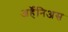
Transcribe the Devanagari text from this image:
अर्हॆनिअस